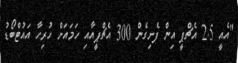
"އެއީ 2.5 އެޗްޕީ އިން ފެށިގެން 300 އެޗްޕީއާއި ހަމައަށް ހުރިހާ އައުޓްބޯޑު